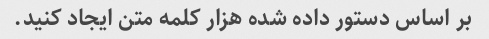
بر اساس دستور داده شده هزار کلمه متن ایجاد کنید.